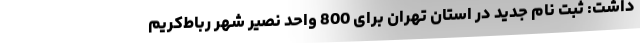
داشت: ثبت نام جدید در استان تهران برای 800 واحد نصیر شهر رباط‌کریم